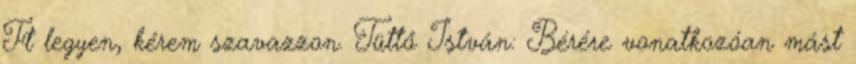
Ft legyen, kérem szavazzon. Tüttő István: Bérére vonatkozóan mást